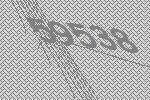
59538